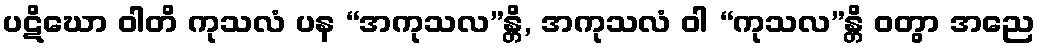
ပဋိဃော ဝါတိ ကုသလံ ပန “အကုသလ”န္တိ, အကုသလံ ဝါ “ကုသလ”န္တိ ဝတွာ အညေ